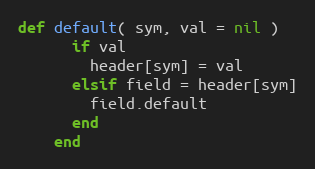
Language: Ruby
def default( sym, val = nil )
      if val
        header[sym] = val
      elsif field = header[sym]
        field.default
      end
    end